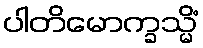
ပါတိမောက္ခသ္မိံ